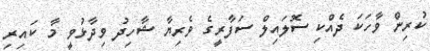
ކުރިން ވާހަކަ ދެއްކި ސޮލައިލް ސަފާރީގެ ވެރިޔާ ޝާހިދު ވިދާޅުވީ މާ ކައިރި